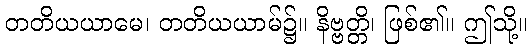
တတိယယာမေ၊ တတိယယာမ်၌။ နိဗ္ဗတ္တိ၊ ဖြစ်၏။ ဤသို့။